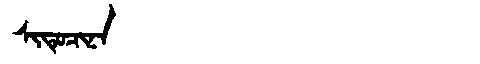
Manchu: ᠰᡳᡨᡠᠴᡳᠨᠠ
Romanization: SITUCINA